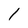
Character: 1